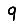
Digit: 9